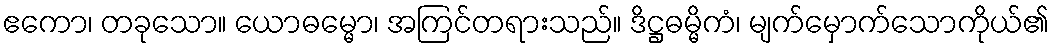
ဧကော၊ တခုသော။ ယောဓမ္မော၊ အကြင်တရားသည်။ ဒိဋ္ဌဓမ္မိကံ၊ မျက်မှောက်သောကိုယ်၏